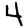
Digit: 4